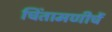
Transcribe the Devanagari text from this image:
चिंतामणीचें